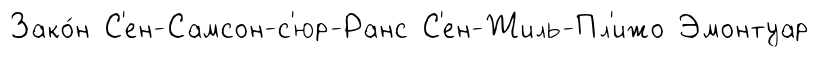
Зако́н С'ен-Самсон-с'юр-Ранс С'ен-Жиль-Пл'ижо Эмонтуар